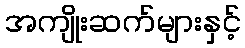
အကျိုးဆက်များနှင့်